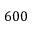
6 0 0